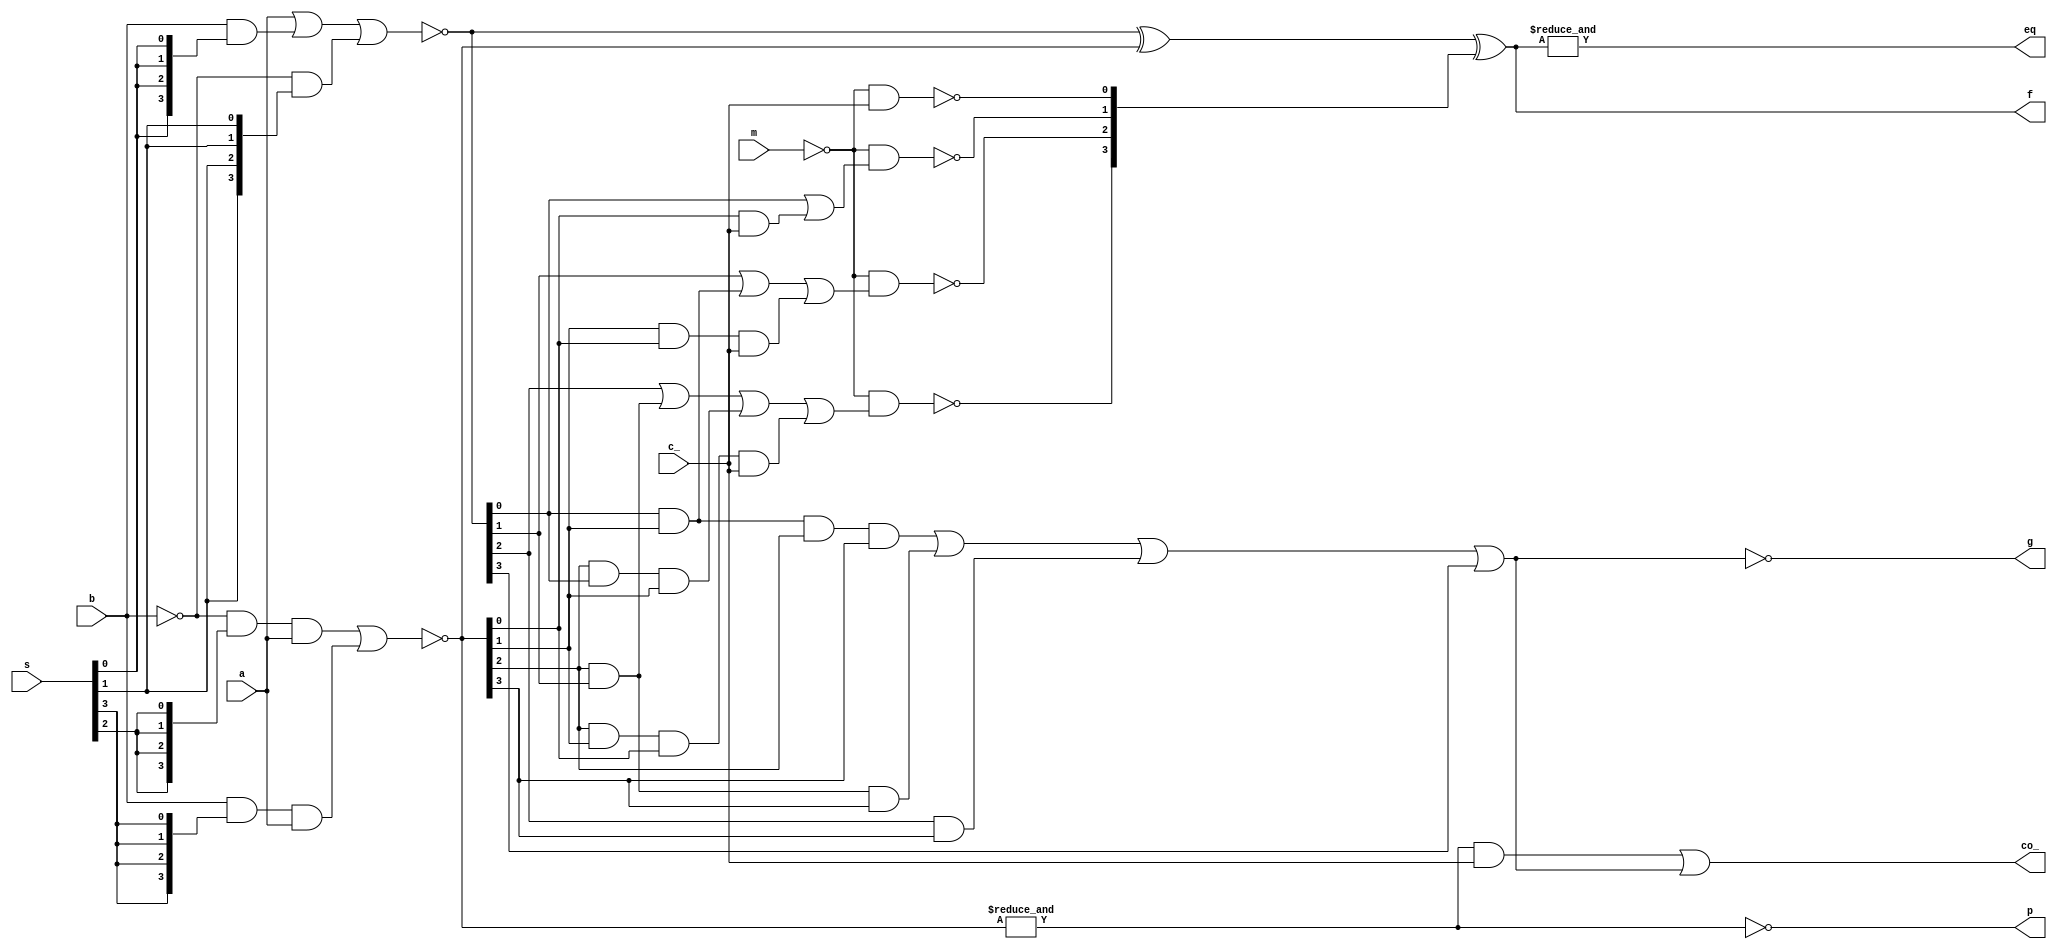
module alu181(
	input [3:0] a, b,
	input m,
	input c_,
	input [3:0] s,
	output [3:0] f,
	output g, p,
	output co_,
	output eq
);

	wire [3:0] s0 = {4{s[0]}};
	wire [3:0] s1 = {4{s[1]}};
	wire [3:0] s2 = {4{s[2]}};
	wire [3:0] s3 = {4{s[3]}};

	wire [3:0] u = ~((a) | (b & s0) | (~b & s1)); // 3 ands
	wire [3:0] v = ~((~b & s2 & a) | (b & s3 & a)); // 2 ands
	wire [3:0] w = u ^ v;

	wire [3:0] z;
	assign z[0] = ~(~m &                                                                        c_);
	assign z[1] = ~(~m & ((u[0]) |                                                      (v[0] & c_)));
	assign z[2] = ~(~m & ((u[1]) |                        (u[0] & v[1]) |        (v[1] & v[0] & c_)));
	assign z[3] = ~(~m & ((u[2]) | (v[2] & u[1]) | (v[2] & u[0] & v[1]) | (v[2] & v[1] & v[0] & c_)));

	assign g = ~((u[0] & v[1] & v[2] & v[3]) | (u[1] & v[2] & v[3]) | (u[2] & v[3]) | (u[3]));

	assign p = ~(&v);
	wire g2 = ~(&v & c_);

	assign co_ = ~g2 | ~g;
	assign f = w ^ z;
	assign eq = &f;

endmodule